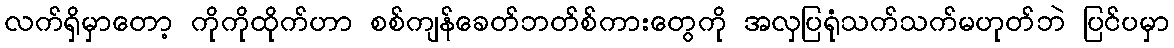
လက်ရှိမှာတော့ ကိုကိုထိုက်ဟာ စစ်ကျန်ခေတ်ဘတ်စ်ကားတွေကို အလှပြရုံသက်သက်မဟုတ်ဘဲ ပြင်ပမှာ